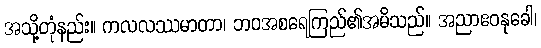
အသို့တုံနည်း။ ကလလဿမာတာ၊ ဘဝအစရေကြည်၏အမိသည်။ အညာဧဝနုခေါ၊